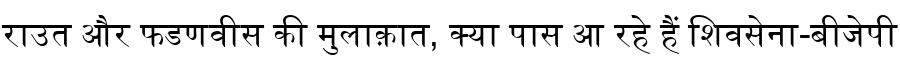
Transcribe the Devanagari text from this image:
राउत और फडणवीस की मुलाक़ात, क्या पास आ रहे हैं शिवसेना-बीजेपी